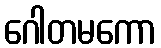
ဂေါတမကော